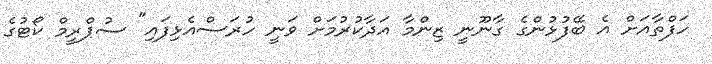
ހަފްތާއަށް އެ ބޭފުޅުންގެ ގާނޫނީ ޒިންމާ އަދާކުރުމަށް ވަނީ ހުރަސްއެޅިފައި" ސުޕްރީމް ކޯޓުގެ